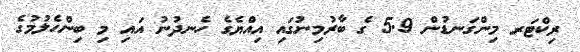
ރިކްޓަރ މިންގަނޑުން 5.9 ގެ ބާރުމިނުގައި އިއްޔެގެ ހެނދުނު އައި މި ބިންހެލުމުގެ